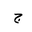
Letter: _gim